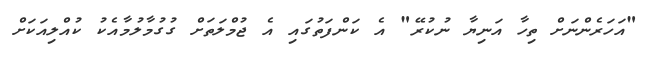
"އަހަރެންނަށް ތިހާ އަނިޔާ ނުކުރޭ" އެ ކަންފަތުގައި އެ ޖުމްލަތަށް ގުގުމާލުމާއެކު ކުއްލިއަކަށް